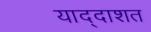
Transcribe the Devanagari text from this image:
याद्दाशत